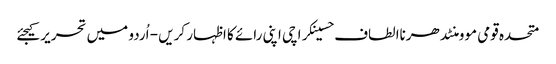
متحدہ قومی موومنٹدھرناالطاف حسینکراچی اپنی رائے کا اظہار کریں - اُردو میں تحریر کیجئے